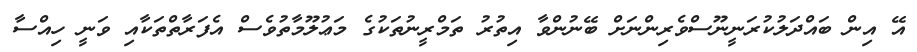
އޭ އިން ބައްދަލުކުރަނީނޫސްވެރިންނަށް ބޭނުންވާ އިތުރު ތަމްރީނުތަކުގެ މަޢުލޫމާތުވެސް އެފަރާތްތަކާއި ވަނީ ހިއްސާ